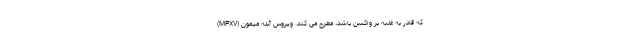
که قادر به غلبه بر واکسن باشد، مطرح می کند. ویروس آبله میمون (MPXV)